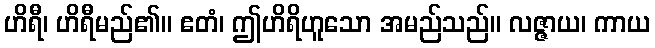
ဟိရီ၊ ဟိရီမည်၏။ ဧတံ၊ ဤဟိရိဟူသော အမည်သည်။ လဇ္ဇာယ၊ ကာယ